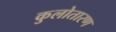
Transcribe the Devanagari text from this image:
कुलोतारण